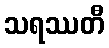
သရဿတီ